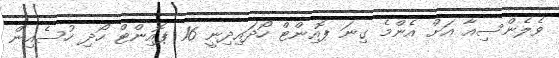
ވެލެންސިއާ އަށް އެންމެ ގިނަ ޕޮއިންޓް ހޯދައިދިނީ 16 ޕޮއިންޓް ހޯދި ހުސެއިން